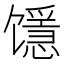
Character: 𱄉